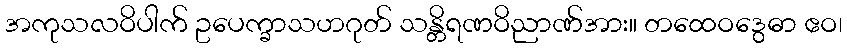
အကုသလဝိပါက် ဥပေက္ခာသဟဂုတ် သန္တိရဏဝိညာဏ်အား။ တထေဝဒွေဓာ ဧဝ၊